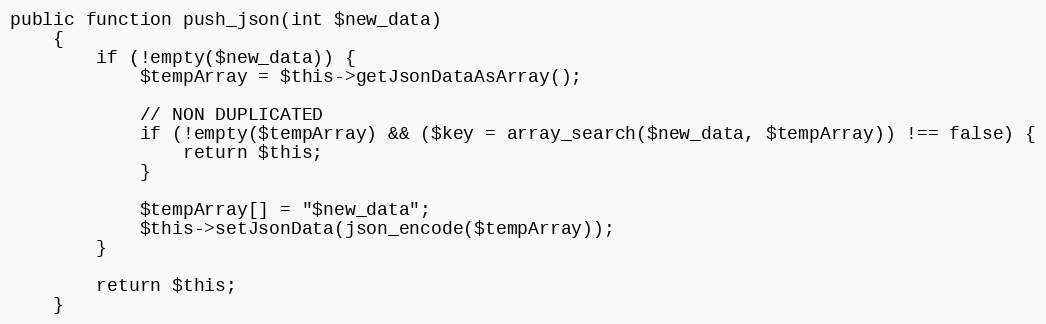
Language: PHP
public function push_json(int $new_data)
    {
        if (!empty($new_data)) {
            $tempArray = $this->getJsonDataAsArray();

            // NON DUPLICATED
            if (!empty($tempArray) && ($key = array_search($new_data, $tempArray)) !== false) {
                return $this;
            }

            $tempArray[] = "$new_data";
            $this->setJsonData(json_encode($tempArray));
        }

        return $this;
    }